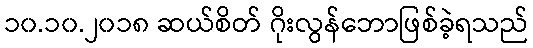
၁၀.၁၀.၂၀၁၈ ဆယ်စိတ် ဂိုးလွန်ဘောဖြစ်ခဲ့ရသည်